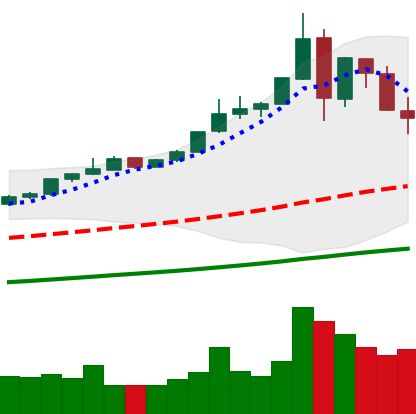
Ticker: BTC-USD
Chart end date: 2019-07-01
Forward return: 5.91%
Label: up_5_7